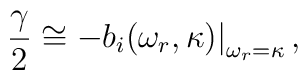
{\gamma \over 2}  \cong  -  b_i(\omega_r, \kappa){\big \vert}_{\omega_r=\kappa}\, ,